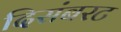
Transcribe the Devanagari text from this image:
दिसंबरट